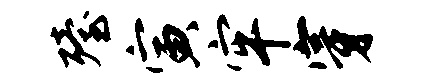
殪寅牢穿